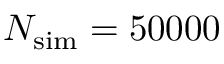
N _ { \mathrm { s i m } } = 5 0 0 0 0